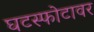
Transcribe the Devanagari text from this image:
घटस्फोटावर